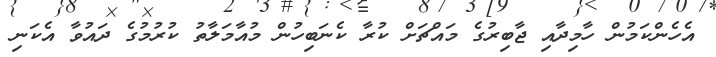
އެހެންކަމުން ހާމިދާއި ޖާބިރުގެ މައްޗަށް ކުރާ ކެނަބިހުން މުއާމަލާތު ކުރުމުގެ ދައުވާ އެކަނި